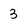
Character: 3